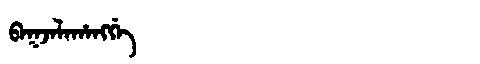
Manchu: ᠪᠠᡴᠵᠠᠯᠠᡥᠠᠩᡤᡝ
Romanization: BAKJALAHANGGE